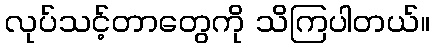
လုပ်သင့်တာတွေကို သိကြပါတယ်။